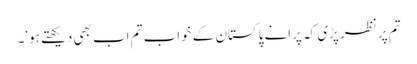
تم پر نظر پڑی کہ پرانے پاکستان کے خواب تم اب بھی دیکھتے ہو‘۔